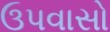
ઉપવાસો